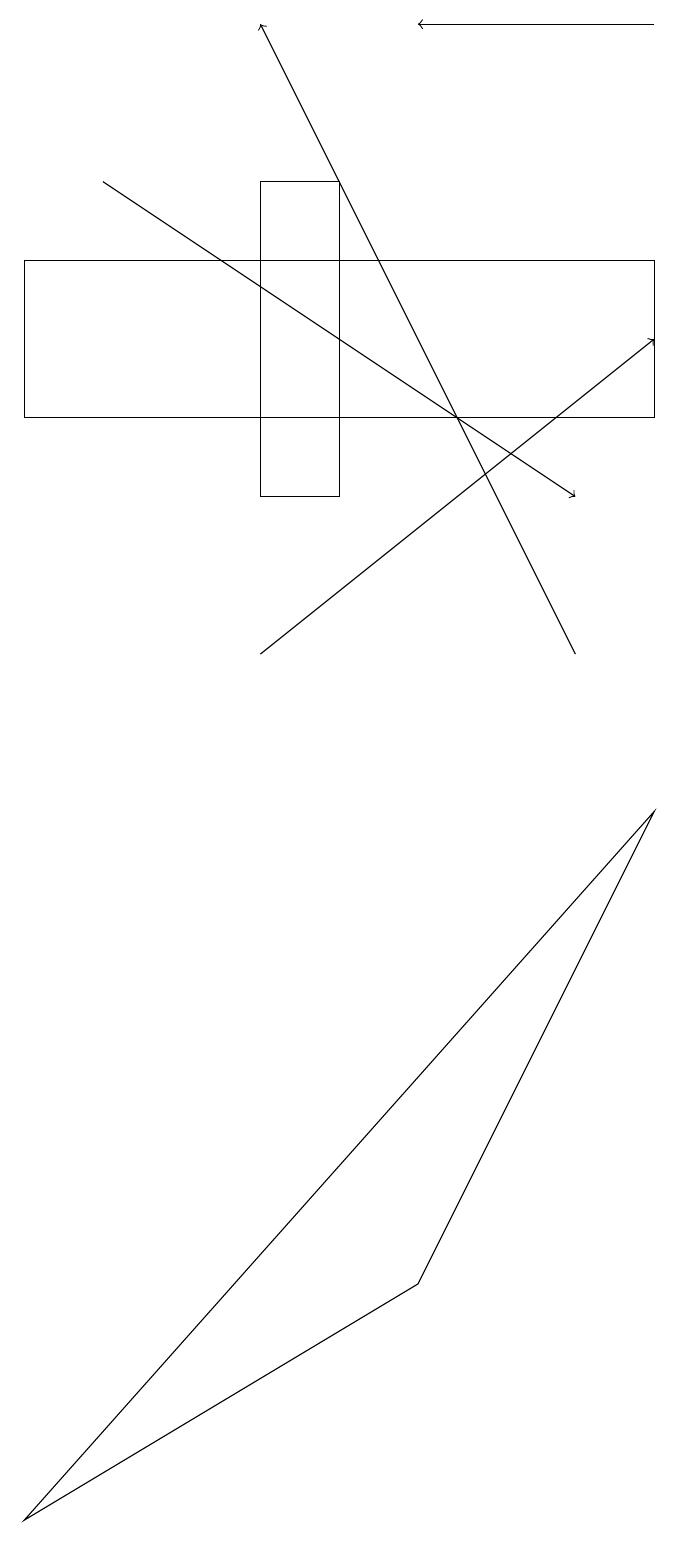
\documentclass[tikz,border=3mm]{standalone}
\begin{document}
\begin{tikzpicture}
\draw (0,16) rectangle (8,14);
\draw[->] (8,19) -- (5,19);
\draw[->] (3,11) -- (8,15);
\draw[->] (1,17) -- (7,13);
\draw (0,0) -- (5,3) -- (8,9) -- cycle;
\draw[->] (7,11) -- (3,19);
\draw (4,13) rectangle (3,17);
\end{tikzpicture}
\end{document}